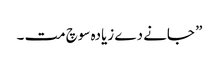
” جانے دے زیادہ سوچ مت ۔